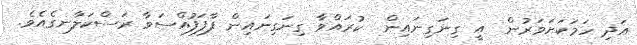
އަދި ހަމަކަށަވަރުން  އީ ގިނަގިނައިން  ކުރައްވާ ގިނަގިނައިން ފާފަފުއްސަވާ ރަސްކަލާނގެއެވެ.